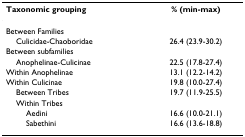
| Taxonomic grouping | % (min-max) |
 | --- | --- |
 | Between Families |  |
 | Culicidae-Chaoboridae | 26.4 (23.9-30.2) |
 | Between subfamilies |  |
 | Anophelinae-Culicinae | 22.5 (17.8-27.4) |
 | Within Anophelinae | 13.1 (12.2-14.2) |
 | Within Culicinae | 19.8 (10.0-27.4) |
 | Between Tribes | 19.7 (11.9-25.5) |
 | Within Tribes |  |
 | Aedini | 16.6 (10.0-21.1) |
 | Sabethini | 16.6 (13.6-18.8) |